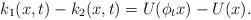
LaTeX: \begin{align*}k_1(x,t)-k_2(x,t)=U(\phi_tx)-U(x).\end{align*}